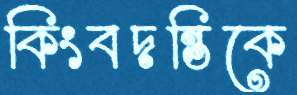
কিংবদন্তিকে